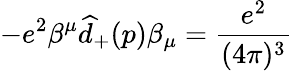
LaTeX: -e^{2}\beta^{\mu}\widehat{d}_{+}(p)\beta_{\mu}=\frac{e^{2}}{(4\pi)^{3}}